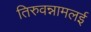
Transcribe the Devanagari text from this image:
तिरुवन्नामलई